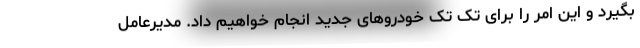
بگیرد و این امر را برای تک تک خودروهای جدید انجام خواهیم داد. مدیرعامل